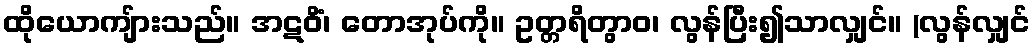
ထိုယောကျ်ားသည်။ အဋဝိံ၊ တောအုပ်ကို။ ဥတ္တရိတွာဝ၊ လွန်ပြီး၍သာလျှင်။ (လွန်လျှင်